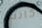
كانت